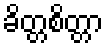
ခိတ္တစိတ္တာ